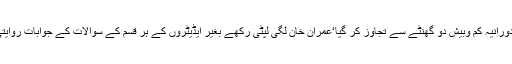
عمران خان کا ایڈیٹروں کے ساتھ بالمشافہ گفتگو کا دورانیہ کم وبیش دو گھنٹے سے تجاوز کر گیا‘عمران خان لگی لپٹی رکھے بغیر ایڈیٹروں کے ہر قسم کے سوالات کے جوابات روایتی شگفتہ مزاجی کے ساتھ دینے میں مصروف رہے۔